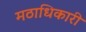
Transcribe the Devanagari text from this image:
मठाधिकारी